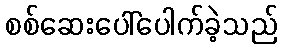
စစ်ဆေးပေါ်ပေါက်ခဲ့သည်